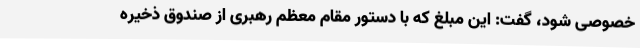
خصوصی شود، گفت: این مبلغ که با دستور مقام معظم رهبری از صندوق ذخیره